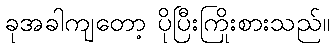
ခုအခါကျတော့ ပိုပြီးကြိုးစားသည်။